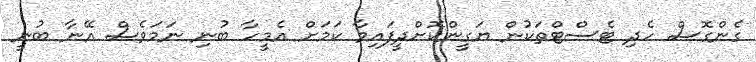
ގެންގޮސް ހެދި ޓެސްޓްތަކުން ޔަގީންކޮށްދީފައިވާ ކަމަށް އެމީހާ ބުނި ނަމަވެސް އޭނާ ބުނީ